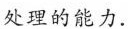
处理的能力.